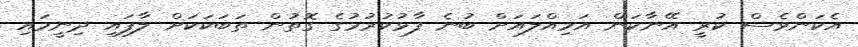
އެކަންވެސް ކުރީ އޭނާކަން އަމިއްލައަށް ބުނެ ފާޅުކުރުމުގެ ގޮތުން ތަބަކަކަށް ލާފައި ދިނީމައި